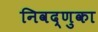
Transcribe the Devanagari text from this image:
निवद्णुका